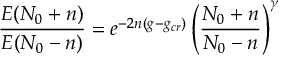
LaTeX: { \frac { E ( N _ { 0 } + n ) } { E ( N _ { 0 } - n ) } } = e ^ { - 2 n ( g - g _ { c r } ) } \left( { \frac { N _ { 0 } + n } { N _ { 0 } - n } } \right) ^ { \gamma }